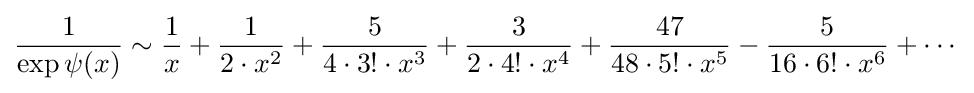
{\frac {1}{\exp \psi (x)}}\sim {\frac {1}{x}}+{\frac {1}{2\cdot x^{2}}}+{\frac {5}{4\cdot 3!\cdot x^{3}}}+{\frac {3}{2\cdot 4!\cdot x^{4}}}+{\frac {47}{48\cdot 5!\cdot x^{5}}}-{\frac {5}{16\cdot 6!\cdot x^{6}}}+\cdots